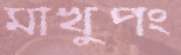
মাখুপং